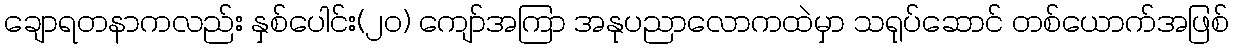
ချောရတနာကလည်း နှစ်ပေါင်း(၂၀) ကျော်အကြာ အနုပညာလောကထဲမှာ သရုပ်ဆောင် တစ်ယောက်အဖြစ်